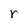
Character: r